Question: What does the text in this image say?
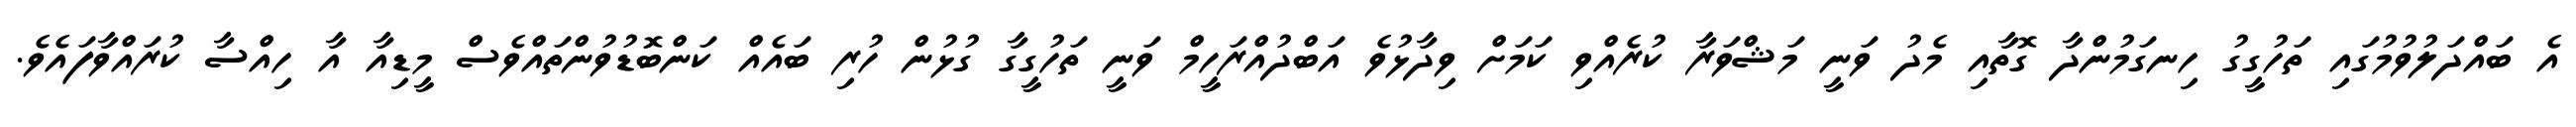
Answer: އެ ބައްދަލުވުމުގައި ތަހުގީގު ހިނގަމުންދާ ގޮތާއި މެދު ވަނީ މަޝްވަރާ ކުރެއްވި ކަމަށް ވިދާޅުވެ އަބްދުއްރަހީމް ވަނީ ތަހުގީގާ ގުޅުން ހުރި ބައެއް ކަންބޮޑުވުންތައްވެސް މީޑިއާ އާ ހިއްސާ ކުރައްވާފައެވެ.